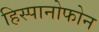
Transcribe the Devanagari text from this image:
हिस्पानोफोन